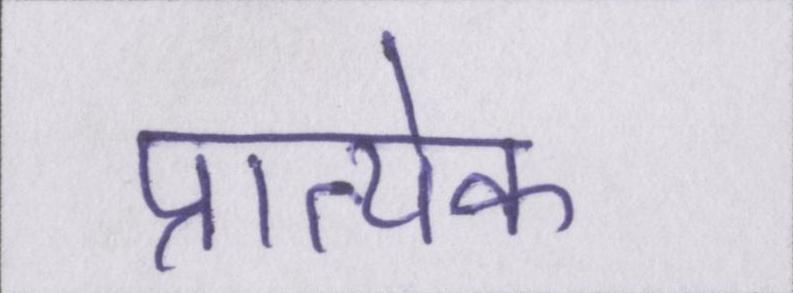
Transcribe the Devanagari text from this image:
प्रात्येक